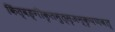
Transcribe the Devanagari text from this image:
किंत्वङ्गीकृतमुत्सृजन्कृपणवत्